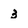
Character: 3